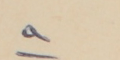
٩